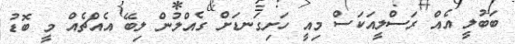
ބަބުލީ އެއް ރަސްލީއަކަސް މިއީ ހަށިގަނޑަށް ގެއްލުން ލިބޭ އެއްޗެއް މީ ބޮޑު